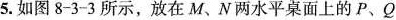
5.如图8-3-3所示，放在M、N两水平桌面上的P、Q